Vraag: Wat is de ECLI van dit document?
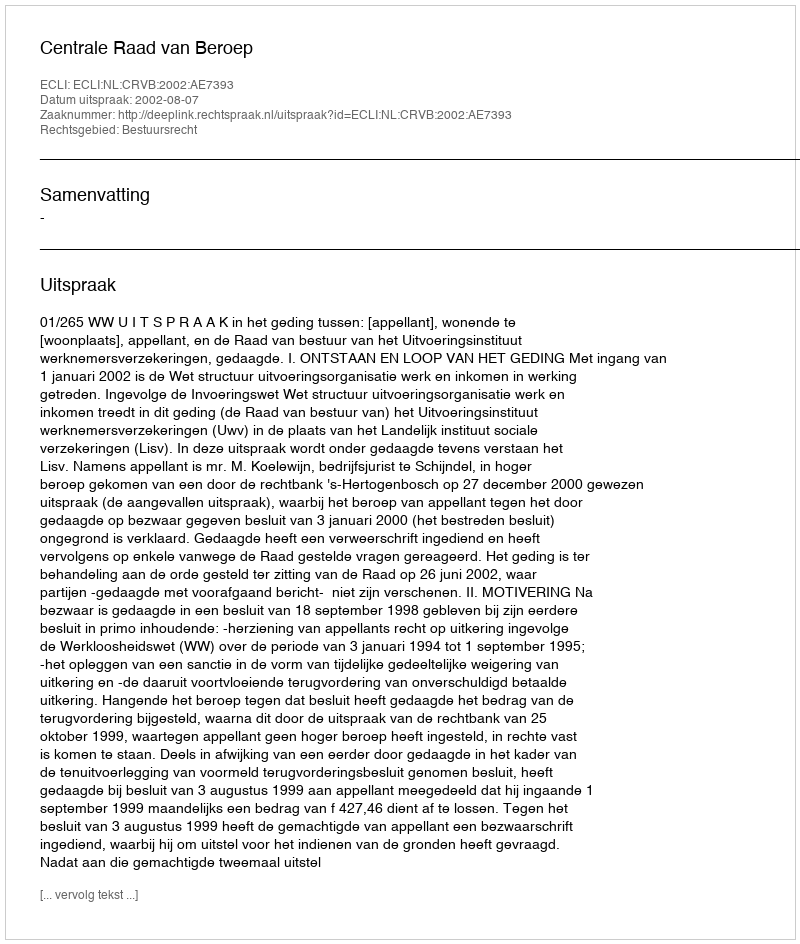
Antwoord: ECLI:NL:CRVB:2002:AE7393